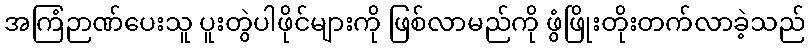
အကြံဉာဏ်ပေးသူ ပူးတွဲပါဖိုင်များကို ဖြစ်လာမည်ကို ဖွံဖြိုးတိုးတက်လာခဲ့သည်